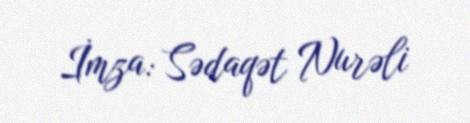
İmza: Sədaqət Nurəli